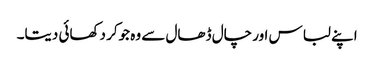
اپنے لباس اور چال ڈھال سے وہ جوکر دکھائی دیتا۔